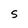
Character: S